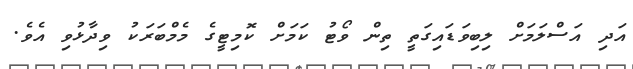
އަދި އަސްލަމަށް ލިބިވަޑައިގަތީ ތިން ވޯޓު ކަމަށް ކޮމިޓީގެ މެމްބަރަކު ވިދާޅުވި އެވެ.